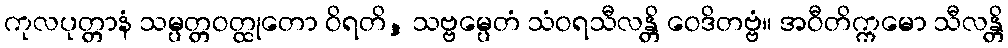
ကုလပုတ္တာနံ သမ္ပတ္တဝတ္ထုတော ဝိရတိ, သဗ္ဗမ္ပေတံ သံဝရသီလန္တိ ဝေဒိတဗ္ဗံ။ အဝီတိက္ကမော သီလန္တိ